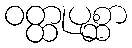
ဝတ္ထုပုစ္ဆာ